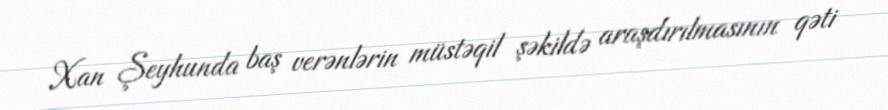
Xan Şeyhunda baş verənlərin müstəqil şəkildə araşdırılmasının qəti